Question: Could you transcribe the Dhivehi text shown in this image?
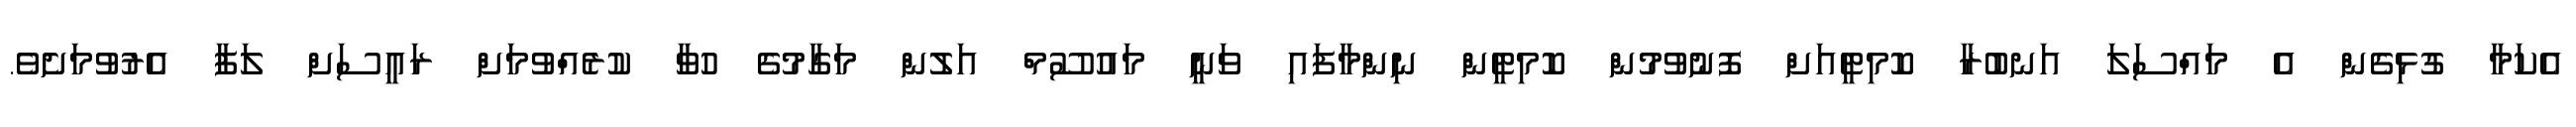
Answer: އެކަމާ ގުޅިގެން އެ މައްސަލަ އަނބުރާ ކޮމިޓީއަށް ފޮނުވުމުން ކޮމިޓީން ނިންމާފައި ވަނީ މައުސޫމް އަލުން މަގާމުގެ ހުވާ ކުރެއްވުމަށް ރައީސަށް ލަފާ އެރުވުމަށެވެ.